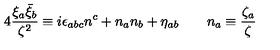
4 \frac { \xi _ { a } \bar { \xi } _ { b } } { \zeta ^ { 2 } } \equiv i \epsilon _ { a b c } n ^ { c } + n _ { a } n _ { b } + \eta _ { a b } \qquad n _ { a } \equiv \frac { \zeta _ { a } } { \zeta }